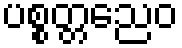
ပစ္စတ္တညေဝ